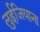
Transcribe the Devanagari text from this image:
लुईजियाना